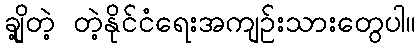
ချို့တဲ့ တဲ့နိုင်ငံရေးအကျဉ်းသားတွေပါ။